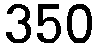
350